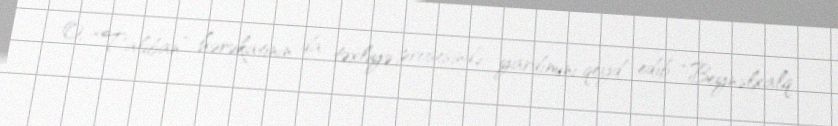
O, “Taliban” hərəkatının da təxliyə prosesində yardımını qeyd edib: “Beynəlxalq